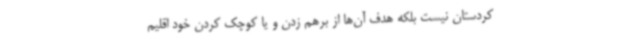
کردستان نیست بلکه هدف آن‌ها از برهم زدن و یا کوچک کردن خود اقلیم